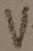
Text: V